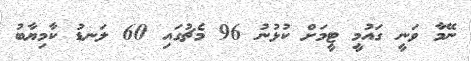
ނޭމާ ވަނީ ގައުމީ ޓީމަށް ކުޅުނު 96 މެޗުގައި 60 ލަނޑު ކާމިޔާބު